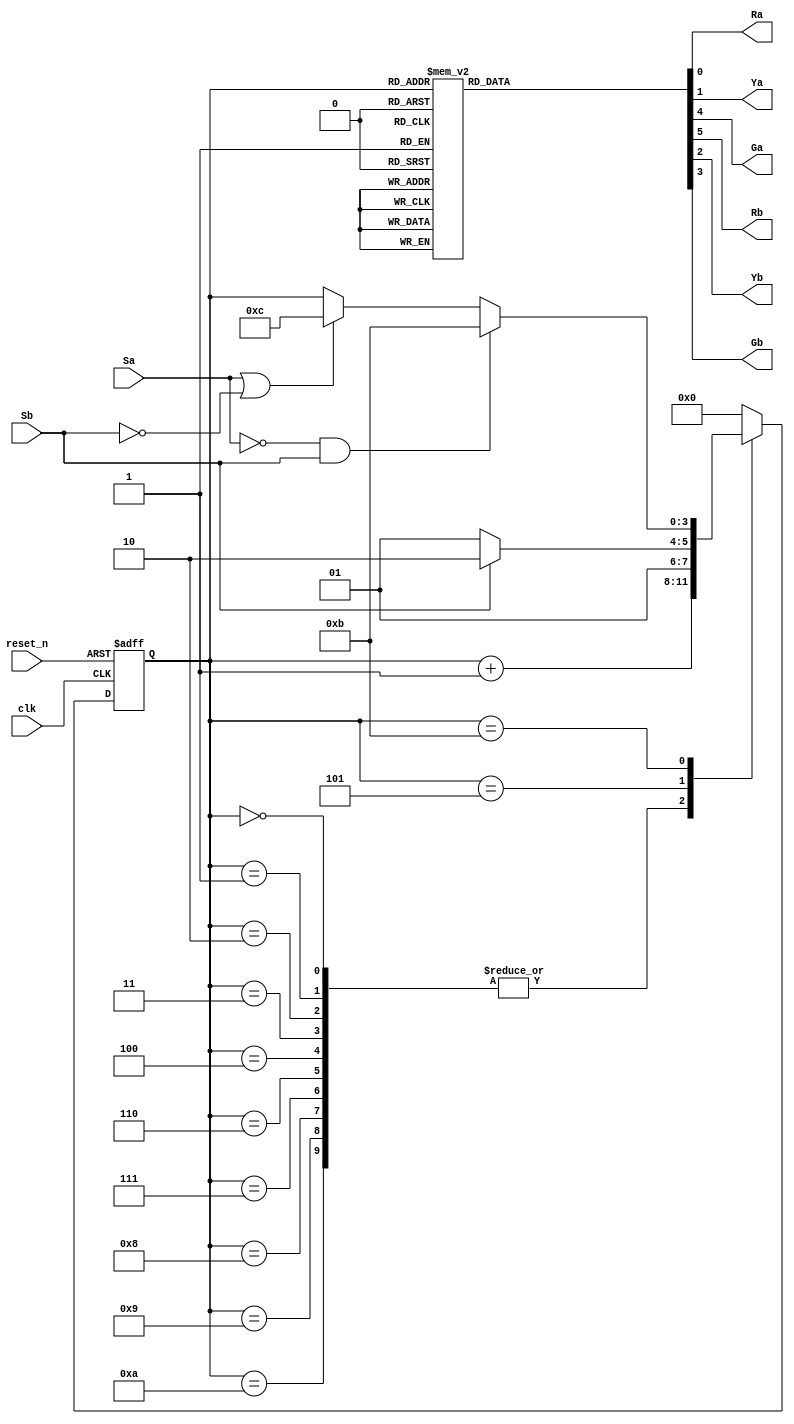
`timescale 1ns / 1ps
//////////////////////////////////////////////////////////////////////////////////
// Company: 
// Engineer: 
// 
// Design Name: 
// Module Name: traffic_light_controller
// Project Name: 
// Target Devices: 
// Tool Versions: 
// Description: 
// 
// Dependencies: 
// 
// Revision:
// Revision 0.01 - File Created
// Additional Comments:
// 
//////////////////////////////////////////////////////////////////////////////////


module traffic_light_controller(
    input clk, reset_n,
    input Sa, Sb,
    output reg Ra, Ya, Ga,
    output reg Rb, Yb, Gb
    );
    
    
    reg [3:0] state_reg, state_next;
    localparam  s0 = 0, s1 = 1, s2 = 2, s3 = 3,
                s4 = 4, s5 = 5, s6 = 6, s7 = 7,
                s8 = 8, s9 = 9, s10 = 10, s11 = 11,
                s12 = 12;
    
    // Sequential state register            
    always @(posedge clk, negedge reset_n)
    begin
        if (~reset_n)
            state_reg <= s0;
        else 
            state_reg <= state_next;        
    end                
    
    // Next state logic
    always @(*)
    begin
        state_next = state_reg;
        case(state_reg)
            s0, s1, s2, s3, s4, s6, s7, s8, s9, s10:
                state_next = state_reg + 1;
            s5: if (~Sb)
                    state_next = s5;
                else
                    state_next = s6;
            s11: if (~Sa & Sb)
                    state_next = s11;
                 else if(Sa | ~Sb)
                    state_next = s12;
            s12: state_next = s0;
            default: state_next = s0;                
        endcase
    end
    
    // Output logic
    always @(*)
    begin
        Ra = 1'b0;
        Ya = 1'b0;
        Ga = 1'b0;
        Rb = 1'b0;
        Yb = 1'b0;
        Gb = 1'b0;
        case(state_reg)
            s0, s1, s2, s3, s4, s5:
                begin
                    Ga = 1'b1;
                    Rb = 1'b1;
                end
            s6: 
                begin
                    Ya = 1'b1;
                    Rb = 1'b1;
                end
            s7, s8, s9, s10, s11:
                begin
                    Ra = 1'b1;
                    Gb = 1'b1;
                end
            s12:
                begin
                    Ra = 1'b1;
                    Yb = 1'b1;
                end                                       
        endcase
    end
endmodule